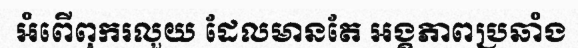
អំពើពុករលួយ ដែលមានតែ អង្គភាពប្រឆាំង